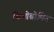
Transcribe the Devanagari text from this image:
थिओब्रोमिन